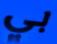
بي